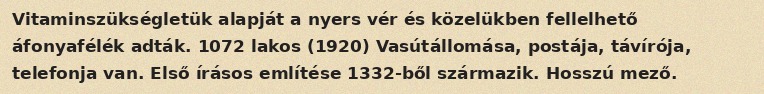
Vitaminszükségletük alapját a nyers vér és közelükben fellelhető áfonyafélék adták. 1072 lakos (1920) Vasútállomása, postája, távírója, telefonja van. Első írásos említése 1332-ből származik. Hosszú mező.